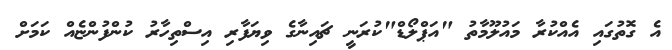
އެ ގޮތުގައި އެއްކުރާ މައުލޫމާތު "އަޕްލޯޑް"ކުރަނީ ޗައިނާގެ ވިޔަފާރި އިސްތިހާރު ކުންފުންޏެއް ކަމަށް